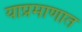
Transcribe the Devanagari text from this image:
याप्रमाणात